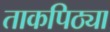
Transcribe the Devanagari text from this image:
ताकपिठ्या